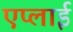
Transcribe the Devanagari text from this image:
एप्लाई